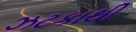
ઝટકાથી